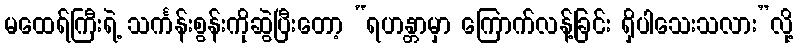
မထေရ်ကြီးရဲ့ သင်္ကန်းစွန်းကိုဆွဲပြီးတော့ “ရဟန္တာမှာ ကြောက်လန့်ခြင်း ရှိပါသေးသလား”လို့